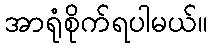
အာရုံစိုက်ရပါမယ်။